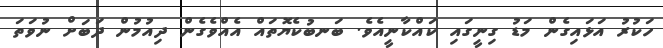
ހަކުރު އަޅައިގެން މަޑު ގިނީގައި ކައްކާނީއެވެ. ބަނބުކެޔޮތައް އެއްވެގެން ދިއުމުން ދަބަށް ނުވަތަ